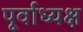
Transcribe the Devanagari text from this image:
पूर्वाध्यक्ष